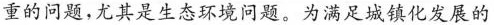
重的问题，尤其是生态环境问题。为满足城镇化发展的